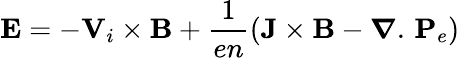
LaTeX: \mathbf E=-\mathbf V_{i}\times\mathbf B+\frac{1}{en}(\mathbf J\times\mathbf B-\boldsymbol{\nabla}.\, \mathbf P_{e})